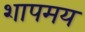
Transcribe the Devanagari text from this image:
शापमय